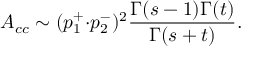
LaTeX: A _ { c c } \sim ( p _ { 1 } ^ { + } { \cdot } p _ { 2 } ^ { - } ) ^ { 2 } \frac { \Gamma ( s - 1 ) \Gamma ( t ) } { \Gamma ( s + t ) } .